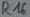
Text: R16